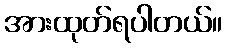
အားထုတ်ရပါတယ်။